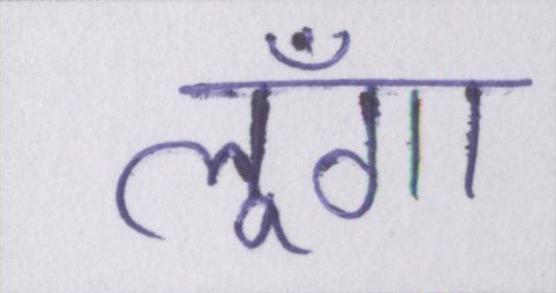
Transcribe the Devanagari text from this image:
लूँगा